Indian journal of veterinary science and animal husbandry - Volumes 15-17, 1948-1951
Year: 1948
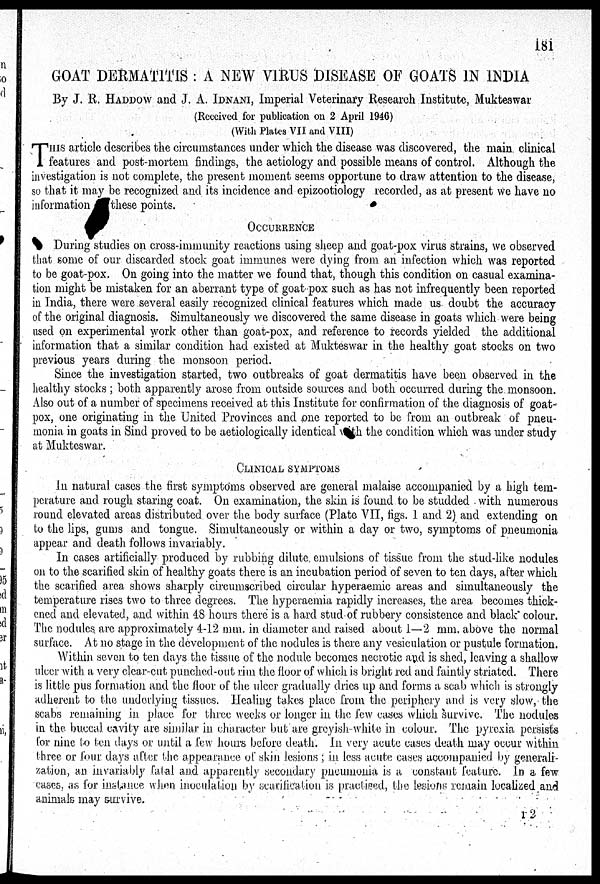
181
GOAT DERMATITIS : A NEW VIRUS DISEASE OF GOATS IN INDIA
By J. R. HADDOW and J. A. IDNANI, Imperial Veterinary Research Institute, Mukteswar
(Received for publication on 2 April 1946)
(With Plates VII and VIII)
T HIS article describes the circumstances under which the disease was discovered, the main clinical
features and post-mortem findings, the aetiology and possible means of control. Although the
investigation is not complete, the present moment seems opportune to draw attention to the disease,
so that it may be recognized and its incidence and epizootiology recorded, as at present we have no
information
these points.
OCCURRENCE
During studies on cross-immunity reactions using sheep and goat-pox virus strains, we observed
that some of our discarded stock goat immunes were dying from an infection which was reported
to be goat-pox. On going into the matter we found that, though this condition on casual examina-
tion might be mistaken for an aberrant type of goat-pox such as has not infrequently been reported
in India, there were several easily recognized clinical features which made us doubt the accuracy
of the original diagnosis. Simultaneously we discovered the same disease in goats which were being
used on experimental work other than goat-pox, and reference to records yielded the additional
information that a similar condition had existed at Mukteswar in the healthy goat stocks on two
previous years during the monsoon period.
Since the investigation started, two outbreaks of goat dermatitis have been observed in the
healthy stocks; both apparently arose from outside sources and both occurred during the monsoon.
Also out of a number of specimens received at this Institute for confirmation of the diagnosis of goat-
pox, one originating in the United Provinces and ,one reported to be from an outbreak of pneu-
monia in goats in Sind proved to be aetiologically identical with the condition which was under study
at Mukteswar.
CLINICAL SYMPTOMS
In natural cases the first symptoms observed are general malaise accompanied by a high tem-
perature and rough staring coat. On examination, the skin is found to be studded with numerous
round elevated areas distributed over the body surface (Plate VII, figs. 1 and 2) and extending on
to the lips, gums and tongue. Simultaneously or within a day or two, symptoms of pneumonia
appear and death follows invariably.
In cases artificially produced by rubbing dilute emulsions of tissue from the stud-like nodules
on to the scarified skin of healthy goats there is an incubation period of seven to ten days, after which
the scarified area shows sharply circumscribed circular hyperaemic areas and simultaneously the
temperature rises two to three degrees. The hyperaemia rapidly increases, the area becomes thick-
ened and elevated, and within 48 hours there is a hard stud of rubbery consistence and black colour.
The nodules are approximately 4-12 mm. in diameter and raised about 1—2 mm. above the normal
surface. At no stage in the development of the nodules is there any vesiculation or pustule formation.
Within seven to ten days the tissue of the nodule becomes necrotic and is shed, leaving a shallow
ulcer with a very clear-cut punched-out rim the floor of which is bright red and faintly striated. There
is little pus formation and the floor of the ulcer gradually dries up and forms a scab which is strongly
adherent to the underlying tissues. Healing takes place from the periphery and is very slow, the
scabs remaining in place for three weeks or longer in the few cases which survive. The nodules
in the buccal cavity are similar in character but are greyish-white in colour. The pyrexia persists
for nine to ten days or until a few hours before death. In very acute cases death may occur within
three or four days after the appearance of skin lesions ; in less acute cases accompanied by generali-
zation, an invariably fatal and apparently secondary pneumonia is a constant feature. In a few
cases, as for instance when inoculation by scarification is practiced, the lesions remain localized and
animals may survive.
r 2